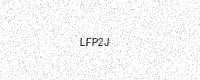
Text: LFP2J